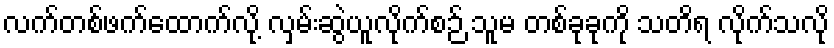
လက်တစ်ဖက်ထောက်လို့ လှမ်းဆွဲယူလိုက်စဉ် သူမ တစ်ခုခုကို သတိရ လိုက်သလို